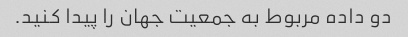
دو داده مربوط به جمعیت جهان را پیدا کنید.